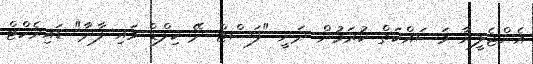
އެންޖެލީނާ މަސައްކަތް ކުރަމުން ދަނީ "ފަސްޓް ދޭ ކިލްޑް މައި ފާދާ" ޑައިރެކްޓް